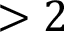
> 2